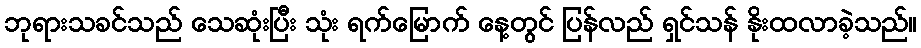
ဘုရားသခင်သည် သေဆုံးပြီး သုံး ရက်မြောက် နေ့တွင် ပြန်လည် ရှင်သန် နိုးထလာခဲ့သည်။